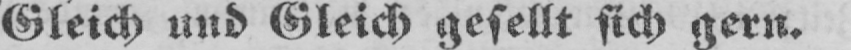
Gleich und Gleich gesellt sich gern.